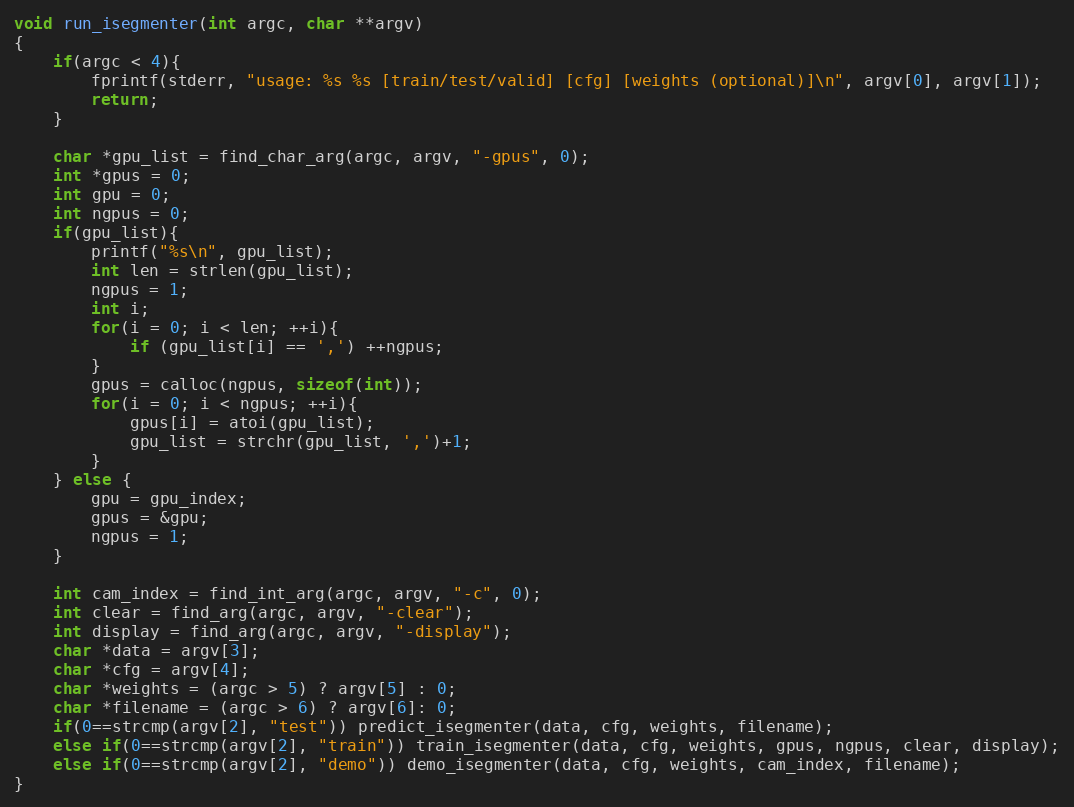
Language: C
void run_isegmenter(int argc, char **argv)
{
    if(argc < 4){
        fprintf(stderr, "usage: %s %s [train/test/valid] [cfg] [weights (optional)]\n", argv[0], argv[1]);
        return;
    }

    char *gpu_list = find_char_arg(argc, argv, "-gpus", 0);
    int *gpus = 0;
    int gpu = 0;
    int ngpus = 0;
    if(gpu_list){
        printf("%s\n", gpu_list);
        int len = strlen(gpu_list);
        ngpus = 1;
        int i;
        for(i = 0; i < len; ++i){
            if (gpu_list[i] == ',') ++ngpus;
        }
        gpus = calloc(ngpus, sizeof(int));
        for(i = 0; i < ngpus; ++i){
            gpus[i] = atoi(gpu_list);
            gpu_list = strchr(gpu_list, ',')+1;
        }
    } else {
        gpu = gpu_index;
        gpus = &gpu;
        ngpus = 1;
    }

    int cam_index = find_int_arg(argc, argv, "-c", 0);
    int clear = find_arg(argc, argv, "-clear");
    int display = find_arg(argc, argv, "-display");
    char *data = argv[3];
    char *cfg = argv[4];
    char *weights = (argc > 5) ? argv[5] : 0;
    char *filename = (argc > 6) ? argv[6]: 0;
    if(0==strcmp(argv[2], "test")) predict_isegmenter(data, cfg, weights, filename);
    else if(0==strcmp(argv[2], "train")) train_isegmenter(data, cfg, weights, gpus, ngpus, clear, display);
    else if(0==strcmp(argv[2], "demo")) demo_isegmenter(data, cfg, weights, cam_index, filename);
}